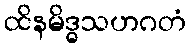
ထိနမိဒ္ဓသဟဂတံ